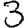
Digit: 3